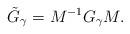
LaTeX: \begin{gather*}\tilde{G}_{\gamma}=M^{-1} G_{\gamma} M.\end{gather*}